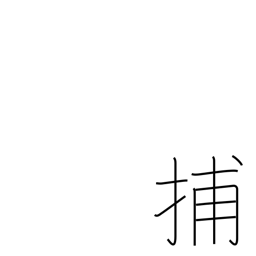
Meaning: capture